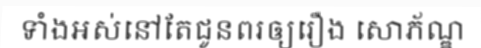
ទាំងអស់នៅតែជូនពរឲ្យរឿង សោភ័ណ្ឌ